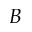
\boldsymbol { B }